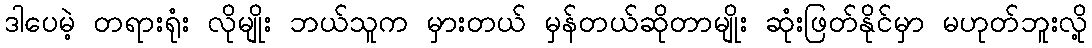
ဒါပေမဲ့ တရားရုံး လိုမျိုး ဘယ်သူက မှားတယ် မှန်တယ်ဆိုတာမျိုး ဆုံးဖြတ်နိုင်မှာ မဟုတ်ဘူးလို့